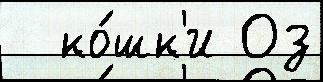
  ко́шк'и Оз